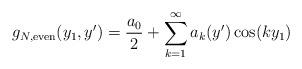
LaTeX: \begin{align*}g_{N,\mathrm{even}}(y_1,y') = \frac{a_0}{2} + \sum_{k=1}^\infty a_k(y')\cos(ky_1)\end{align*}